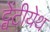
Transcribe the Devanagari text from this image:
ट्वेंटीयेथ